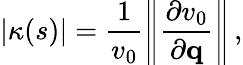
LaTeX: |\kappa(s)|=\frac{1}{v_{0}}\left\| \frac{\partial v_{0}}{\partial{\mathbf q}}\right\| \, ,